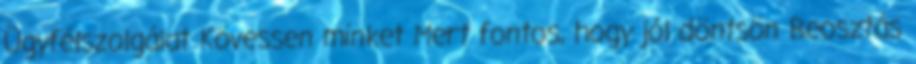
Ügyfélszolgálat Kövessen minket Mert fontos, hogy jól döntsön Beosztás